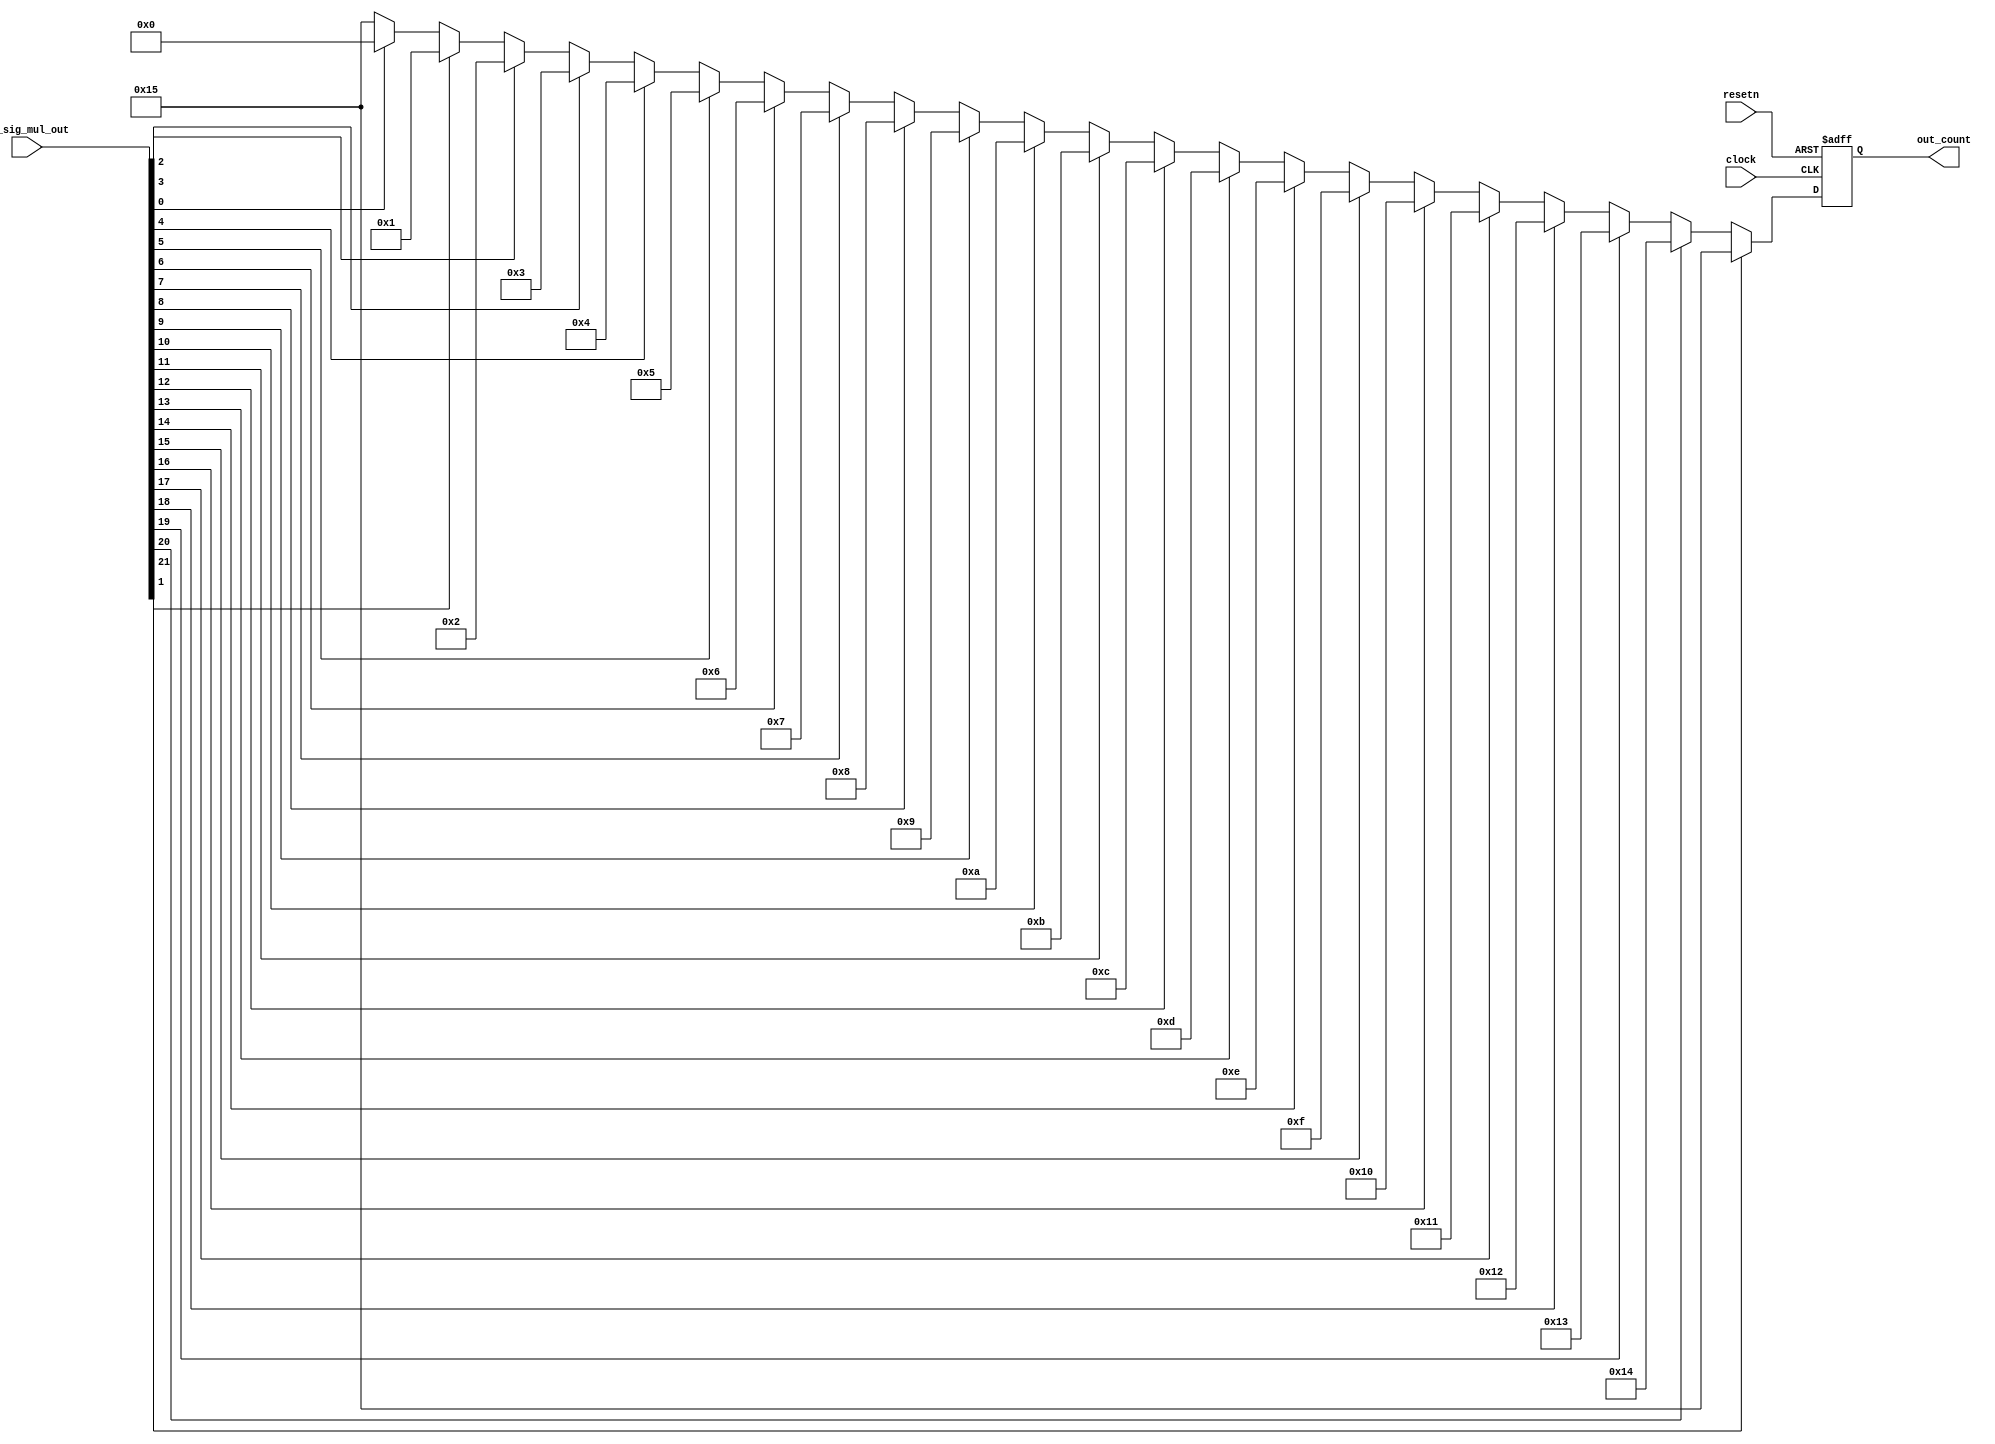
module sg_firstone(clock, resetn, in_sig_mul_out, out_count);
	input clock, resetn;
	
	input [21:0] in_sig_mul_out;
	
	output reg [4:0] out_count;
	
	always@(posedge clock, negedge resetn) begin
		if(!resetn)	out_count = 21;
		else if (in_sig_mul_out[21]==1) out_count = 21;
		else if (in_sig_mul_out[20]==1) out_count = 20;
		else if (in_sig_mul_out[19]==1) out_count = 19;
		else if (in_sig_mul_out[18]==1) out_count = 18;
		else if (in_sig_mul_out[17]==1) out_count = 17;
		else if (in_sig_mul_out[16]==1) out_count = 16;
		else if (in_sig_mul_out[15]==1) out_count = 15;
		else if (in_sig_mul_out[14]==1) out_count = 14;
		else if (in_sig_mul_out[13]==1) out_count = 13;
		else if (in_sig_mul_out[12]==1) out_count = 12;
		else if (in_sig_mul_out[11]==1) out_count = 11;
		else if (in_sig_mul_out[10]==1) out_count = 10;
		else if (in_sig_mul_out[9]==1) out_count = 9;
		else if (in_sig_mul_out[8]==1) out_count = 8;
		else if (in_sig_mul_out[7]==1) out_count = 7;
		else if (in_sig_mul_out[6]==1) out_count = 6;
		else if (in_sig_mul_out[5]==1) out_count = 5;
		else if (in_sig_mul_out[4]==1) out_count = 4;
		else if (in_sig_mul_out[3]==1) out_count = 3;
		else if (in_sig_mul_out[2]==1) out_count = 2;
		else if (in_sig_mul_out[1]==1) out_count = 1;
		else if (in_sig_mul_out[0]==1) out_count = 0;
		else out_count = 21;
	end


endmodule